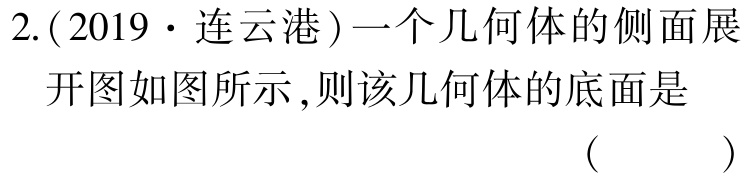
2.(2019·连云港)一个几何体的侧面展开图如图所示,则该几何体的底面是

( )